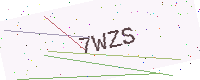
Text: 7WZS